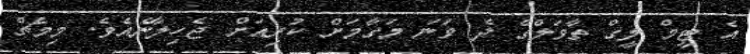
އެ ޓީމް ލީގް ތާވަލްގެ ދެ ވަނަ މަގާމަށް ކުރިއަށް ޖެހިލާނެއެވެ. މިމެޗް